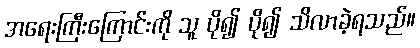
အရေးကြီးကြောင်းကို သူ ပို၍ ပို၍ သိလာခဲ့ရသည်။